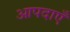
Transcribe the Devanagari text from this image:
आपदाएँ